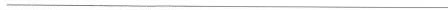
___